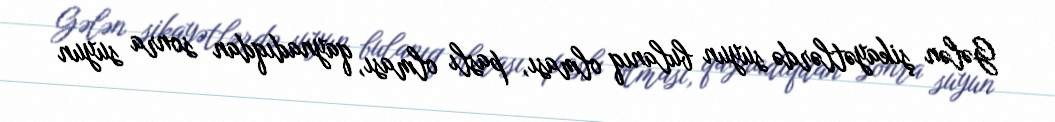
Gələn şikayətlərdə suyun bulanıq olması, paslı olması, qaynadıqdan sonra suyun